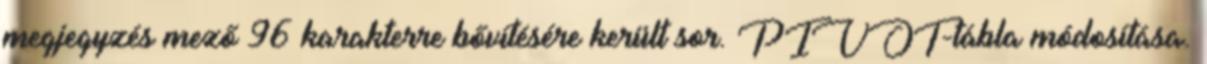
megjegyzés mező 96 karakterre bővítésére került sor. PIVOT-tábla módosítása.